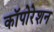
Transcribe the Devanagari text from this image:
कॉपोरेशन